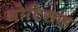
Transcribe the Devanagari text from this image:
मोटिसस